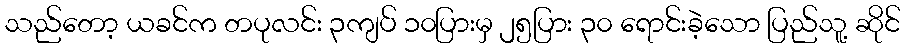
သည်တော့ ယခင်က တပုလင်း ၃ကျပ် ၁၀ပြားမှ ၂၅ပြား ၃၀ ရောင်းခဲ့သော ပြည်သူ့ ဆိုင်